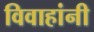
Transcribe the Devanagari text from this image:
विवाहांनी